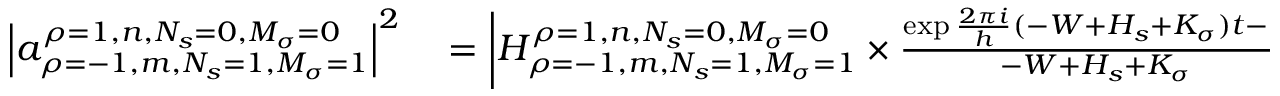
\begin{array} { r l } { \left| a _ { \rho = - 1 , m , N _ { s } = 1 , M _ { \sigma } = 1 } ^ { \rho = 1 , n , N _ { s } = 0 , M _ { \sigma } = 0 } \right| ^ { 2 } } & { { } = \left| H _ { \rho = - 1 , m , N _ { s } = 1 , M _ { \sigma } = 1 } ^ { \rho = 1 , n , N _ { s } = 0 , M _ { \sigma } = 0 } \times { \frac { \exp { { \frac { 2 \pi i } { h } } ( - W + H _ { s } + K _ { \sigma } ) t } - 1 } { - W + H _ { s } + K _ { \sigma } } } \right| ^ { 2 } } \end{array}